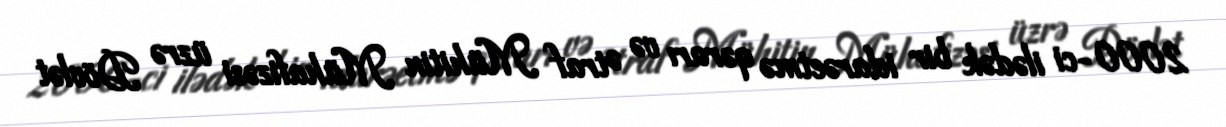
2000-ci ilədək bir idarəetmə qərarı və Ətraf Mühitin Mühafizəsi üzrə Dövlət